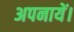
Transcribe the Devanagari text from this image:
अपनायें।